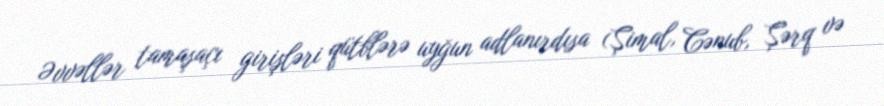
Əvvəllər tamaşaçı girişləri qütblərə uyğun adlanırdısa (Şimal, Cənub, Şərq və